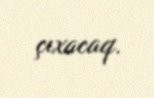
çıxacaq.